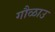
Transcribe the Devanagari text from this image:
गौळाउ